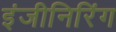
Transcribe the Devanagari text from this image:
इंजीनिरिंग